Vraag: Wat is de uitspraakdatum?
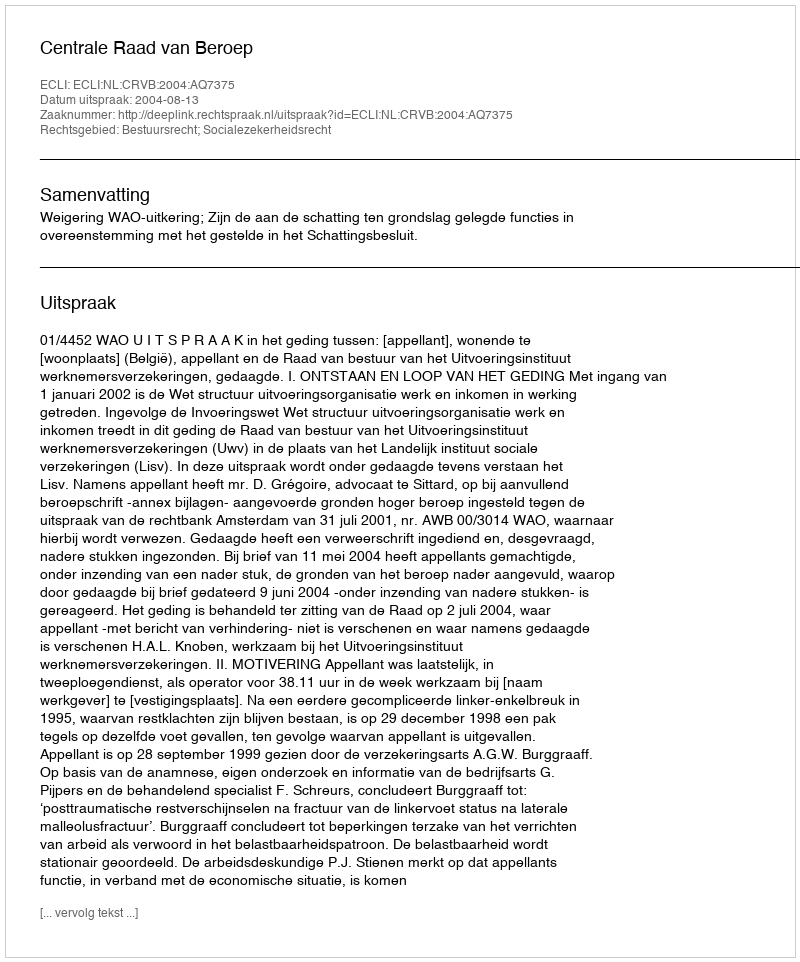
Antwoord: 2004-08-13